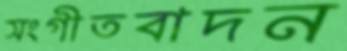
সংগীতবাদন